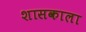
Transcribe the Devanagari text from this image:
शासकाला